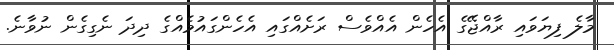
މާލެ ފިޔަވައި ރާއްޖޭގެ އެހެން އެއްވެސް ރަށެއްގައި އެހެންގައުމެއްގެ ދިދަ ނެގިގެން ނުވާނެ.